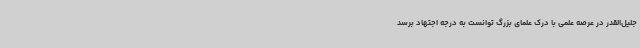
جلیل‌القدر در عرصه علمی با درک علمای بزرگ توانست به درجه اجتهاد برسد